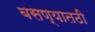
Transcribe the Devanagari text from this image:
बसण्यातठी